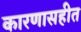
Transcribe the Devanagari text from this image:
कारणासहीत